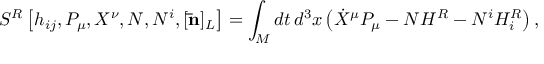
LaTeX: { } S ^ { R } \left[ h _ { i j } , P _ { \mu } , X ^ { \nu } , N , N ^ { i } , [ { \bf \bar { n } } ] _ { L } \right] = \int _ { \cal M } d t \, d ^ { 3 } x \left( \dot { X } ^ { \mu } P _ { \mu } - N H ^ { R } - N ^ { i } H _ { i } ^ { R } \right) ,